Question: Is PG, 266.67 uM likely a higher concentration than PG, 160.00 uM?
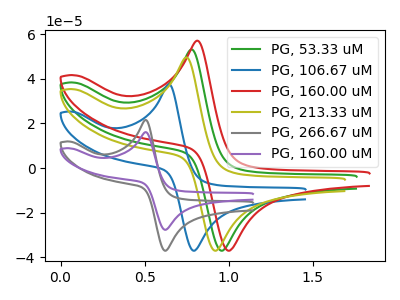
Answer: <think>The green curve "PG, 53.33 uM" has an anodic peak at (0.80V, 53.20uA) and a cathodic peak at (0.95V, -37.05uA). The blue curve "PG, 106.67 uM" has an anodic peak at (0.65V, 37.60uA) and a cathodic peak at (0.80V, -37.05uA). The red curve "PG, 160.00 uM" has an anodic peak at (0.80V, 57.15uA) and a cathodic peak at (1.00V, -37.05uA). The olive curve "PG, 213.33 uM" has an anodic peak at (0.75V, 49.65uA) and a cathodic peak at (0.95V, -37.05uA). The gray curve "PG, 266.67 uM" has an anodic peak at (0.50V, 21.55uA) and a cathodic peak at (0.65V, -37.05uA). The purple curve "PG, 160.00 uM" has an anodic peak at (0.50V, 16.10uA) and a cathodic peak at (0.65V, -27.70uA).
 All the peaks in "PG, 266.67 uM" have a peak in "PG, 160.00 uM" at the same potential. Every peak in "PG, 266.67 uM" is higher than every peak in "PG, 160.00 uM".</think>
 <answer>"PG, 266.67 uM" has more signal than "PG, 160.00 uM".</answer>
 <eval>more_signal</eval>